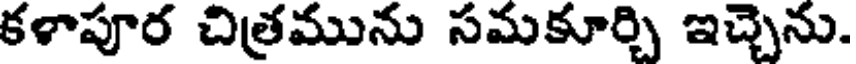
కళాపూర చిత్రమును సమకూర్చి ఇచ్చెను.